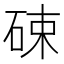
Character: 𱴂